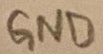
Text: GND